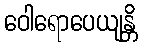
ဝေါရောပေယျန္တိ